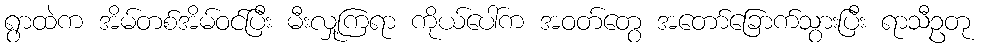
ရွာထဲက အိမ်တစ်အိမ်ဝင်ပြီး မီးလှု့ကြရာ ကိုယ်ပေါ်က အဝတ်တွေ အတော်ခြောက်သွားပြီး ရာသီဥတု